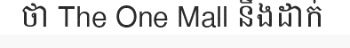
ថា The One Mall នឹងដាក់